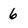
Character: 6